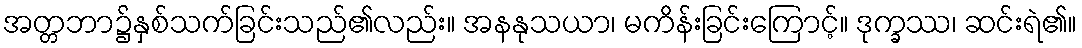
အတ္တဘာ၌နှစ်သက်ခြင်းသည်၏လည်း။ အနနုသယာ၊ မကိန်းခြင်းကြောင့်။ ဒုက္ခဿ၊ ဆင်းရဲ၏။